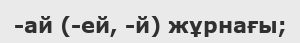
-ай (-ей, -й) жұрнағы;